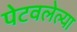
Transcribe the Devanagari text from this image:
पेटवलेल्या